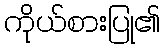
ကိုယ်စားပြု၏